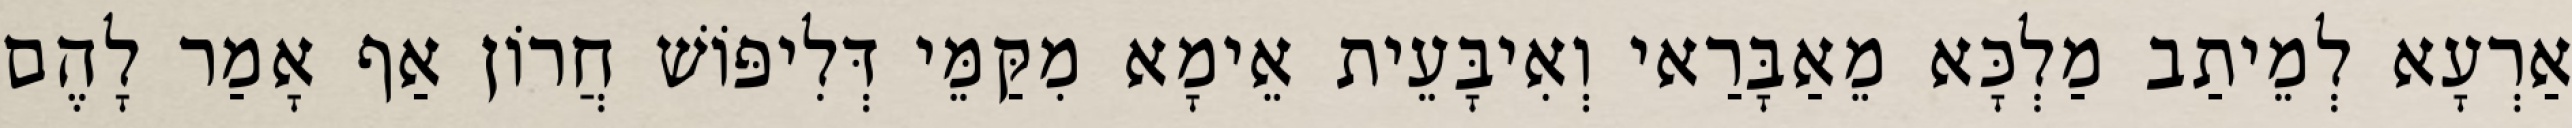
אַרְעָא לְמֵיתַב מַלְכָּא מֵאַבָּרַאי וְאִיבָּעֵית אֵימָא מִקַּמֵּי דְּלִיפּוֹשׁ חֲרוֹן אַף אָמַר לָהֶם